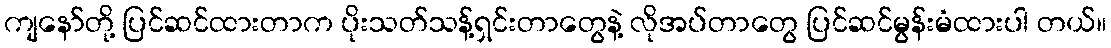
ကျနော်တို့ ပြင်ဆင်ထားတာက ပိုးသတ်သန့်ရှင်းတာတွေနဲ့ လိုအပ်တာတွေ ပြင်ဆင်မွန်းမံထားပါ တယ်။